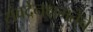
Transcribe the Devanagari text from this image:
संवदेनक्षमतेचे